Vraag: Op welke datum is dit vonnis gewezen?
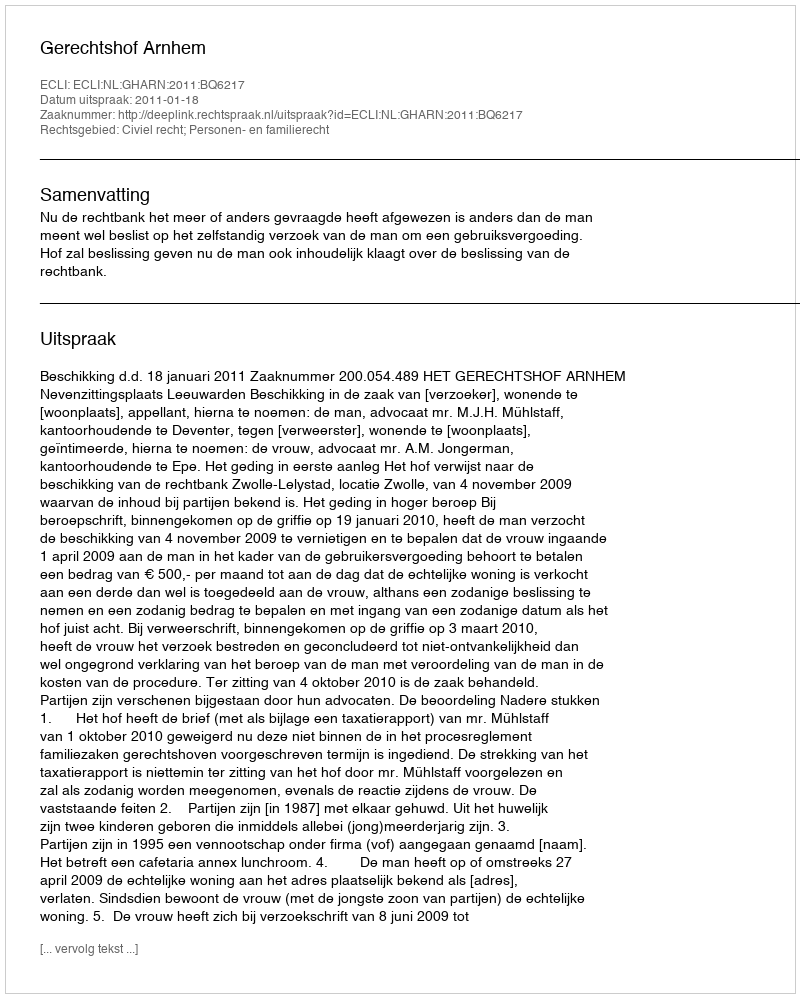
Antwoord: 2011-01-18